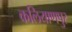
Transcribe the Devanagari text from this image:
कलियाणपुर